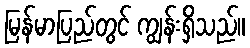
မြန်မာပြည်တွင် ကျွန်းရှိသည်။